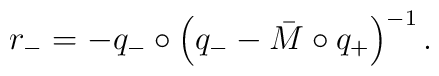
r_- = - q_- \circ \left( q_- - \bar M\circ q_+\right)^{-1}.